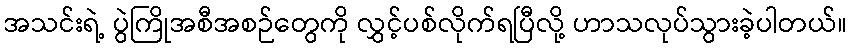
အသင်းရဲ့ ပွဲကြိုအစီအစဉ်တွေကို လွှင့်ပစ်လိုက်ရပြီလို့ ဟာသလုပ်သွားခဲ့ပါတယ်။